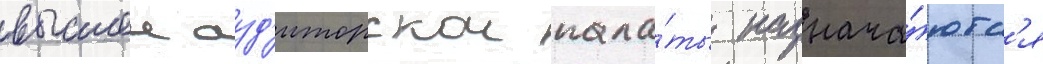
высшеи ауд'иторскои пала́ты назнача́ютс'я